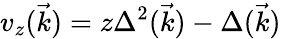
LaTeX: v_{z}(\vec{k})=z\Delta^{2}(\vec{k})-\Delta(\vec{k})